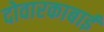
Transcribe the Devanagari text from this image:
दोवारकाबाई